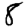
Digit: 8